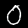
Label: 0